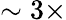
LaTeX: \sim 3\times